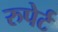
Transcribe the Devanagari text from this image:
रुपेर्ट